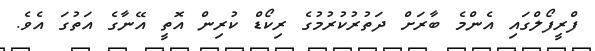
ފްރީފޯލްގައި އެންމެ ބާރަށް ދަތުރުކުރުމުގެ ރިކޯޑް ކުރިން އޮތީ އޭނާގެ އަތުގަ އެވެ.